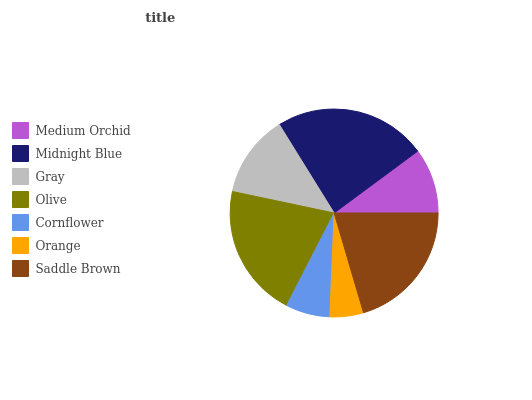
| Medium Orchid | Midnight Blue | Gray | Olive | Cornflower | Orange | Saddle Brown |
 | --- | --- | --- | --- | --- | --- | --- |
 | 10.2% | 23.7% | 12.9% | 20.7% | 6.88% | 5.23% | 20.4% |